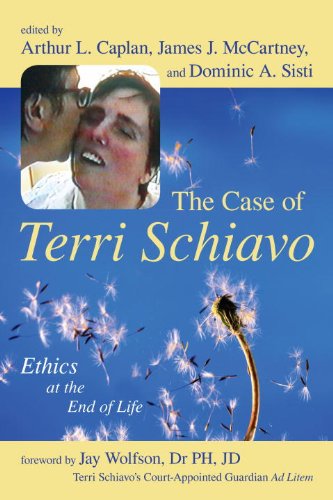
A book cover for The Case of Terri Schiavo: Ethics at the End of Life; Law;